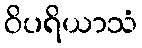
ဝိပရိယာသံ